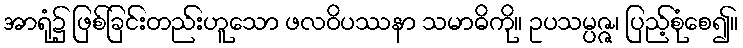
အာရုံ၌ ဖြစ်ခြင်းတည်းဟူသော ဖလဝိပဿနာ သမာဓိကို။ ဥပသမ္ပဇ္ဇ၊ ပြည့်စုံစေ၍။